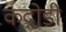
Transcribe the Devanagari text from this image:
कदोडी